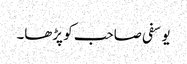
یوسفی صاحب کو پڑھا۔